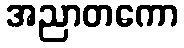
အညာတကော